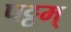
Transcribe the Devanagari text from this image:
पट्टम्